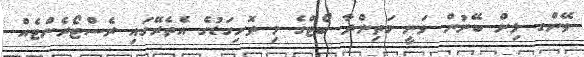
ވޭންގ ލިން ބޭނުން ވަނީ މަތިންދާ ބޯޓްގެ މި ތޮށިގަޑުގެ އެތެރޭގައި ރެސްޓޯރެންޓެއް